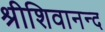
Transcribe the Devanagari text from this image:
श्रीशिवानन्द